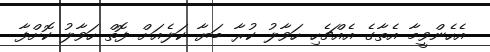
އެހެންވީމާ އެތާގެ އެއްޗެހި ހަވާލު ކުރާ ބަޔާ ކަލެއަށް ފޮތް ހަވާލު ކޮށްފާ